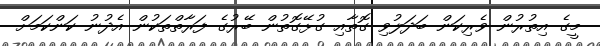
މީގެ އިތުރުން ވެރިކަން ބަދަލުވި ގޮތާއި ގުޅޭގޮތުން ބޭރުގެ ފަރާތްތަކުން އެދުނު ކަންކަމަށް